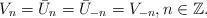
LaTeX: \begin{align*}V_n = \bar{U}_n = \bar{U}_{-n} = V_{-n}, n \in \mathbb{Z}.\end{align*}